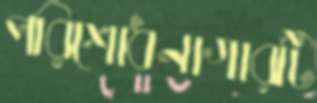
পরিশোধনাগারটি